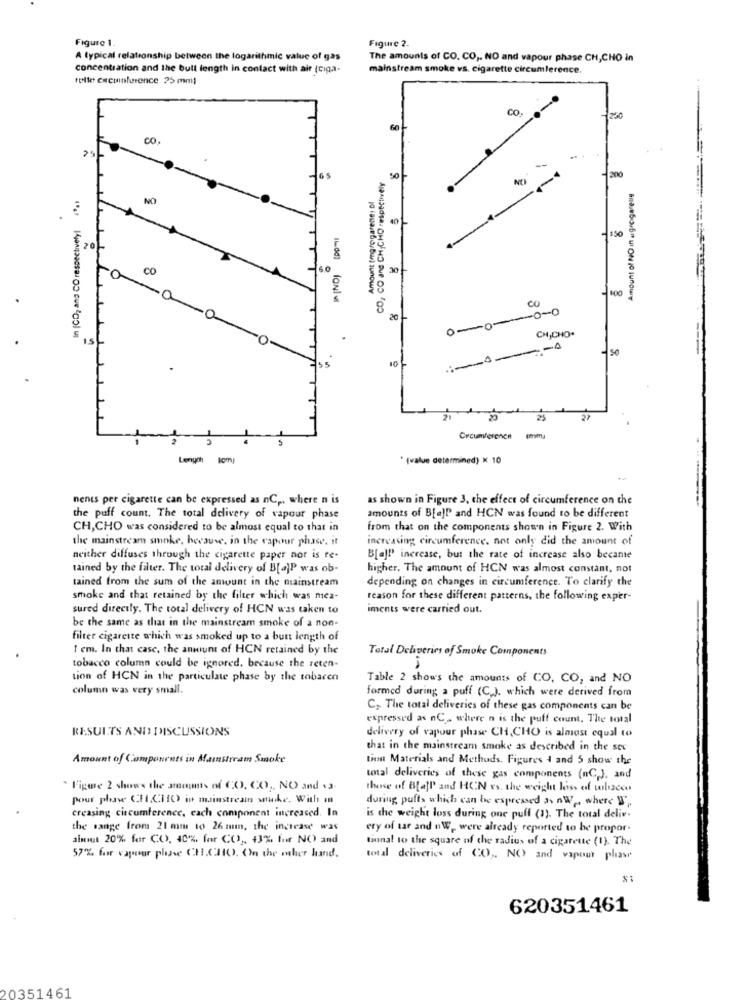
Figure 1.
Figure 2.
A typical relationship between the logarithmic value of gas
The amounts of CO. CO ,. NO and vapour phase CH,CHO in
concentration and the bull length in contact with air (ciga-
mainstream smoke vs. cigarette circumference.
telle cacuinference 25 mml
co
1230
CO
25
CO, CO and CH,CHO respectively
-
2no
Amount of NO in ugrcigarette
NO
In ICD, and CO respectively!
40
-150
20
CO
6.0
30
CO
0-0-0-0
20
.
CH,CHO.
.:----
10
25
27
Circumference
Lenych lom)
" (value determined) × 10
nents per cigarette can be expressed as nC ,. where n is
as shown in Figure 3. the effect of circumference on the
the puff count. The total delivery of vapour phase
amounts of BlaJP and HCN was found to be different
CH, CHO was considered to be almost equal to that in
from that on the components shown in Figure 2. With
the mainstream smoke, because. in the vapour phase, it
increasing circumference. not only did the amount of
neither diffuses through the cigarette paper not is te.
B[a]"' increase, but the rate of increase also became
tained by the filter. The total delivery of B[a]P was ob-
higher. The amount of HCN was almost constant, not
tained from the sum of the amount in the mainstream
depending on changes in circumference. To clarify the
smoke and that retained by the filter which was mea-
reason for these different patterns, the following exper-
sured directly. The total delivery of HCN was taken to
iments were carried out.
be the same as that in the mainstream smoke of a non-
filter cigarette which was smoked up to a butt length of
1 cm. In that case, the amount of HCN retained by the
Total Deliveries of Smoke Components
tobacco column could be ignored. because the reten-
tion of HCN in the particulate phase by the tobacco
Table 2 shows the amounts of CO. CO, and NO
column was very small.
formed during a puff (C.). which were derived from
C. The total deliveries of these gas components can be
expressed as nC _ where n is the puff count. The total
RESULTS AND DISCUSSIONS
delivery of vapour phase CH,CHO is almost equal to
that in the mainstream smoke as described in the sec
Amount of Components in Mainstream Smoke
tion Materials and Methods. Figures 4 and 5 show the
total deliveries of these gas components (nC,J. and
. Figure 2 shows the amounts of CO. CO ., NO and va-
there of Bajl' and HCN vs. the weight loss of tobacco
pour phawe CHICHO in mainstreamn swke. With in
during puffs which can be expresed as nWo where V,
creasing circumference, each component increased. In
is the weight loss during one puff (1). The total deliv.
the sange from 21 mm to 26 mm, the increase was
ery of sar and oW, were already reported to be propor.
ainmit 20% for CO, 40%. for CO ,, 43% for NO) and
tional to the square of the radius of a cigarette (1). The
57% for vapeur phase CH.CHO. On the mher hand.
total deliveries of CO ,, NO) and vapour phase
620351461
0351461